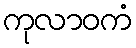
ကုလာဝကံ